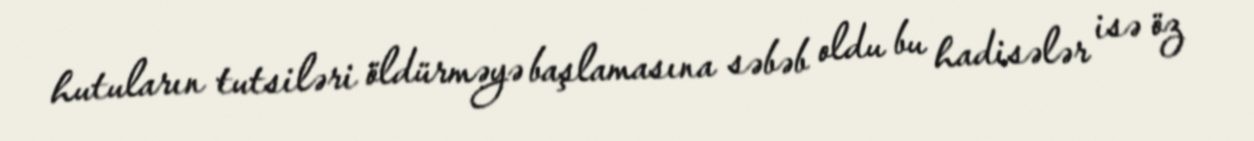
hutuların tutsiləri öldürməyə başlamasına səbəb oldu bu hadisələr isə öz